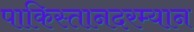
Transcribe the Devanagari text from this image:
पाकिस्तानदरम्यान